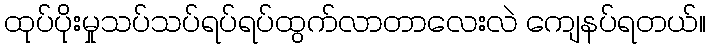
ထုပ်ပိုးမှုသပ်သပ်ရပ်ရပ်ထွက်လာတာလေးလဲ ကျေနပ်ရတယ်။